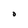
Character: O